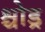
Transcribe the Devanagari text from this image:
श्चोड्र